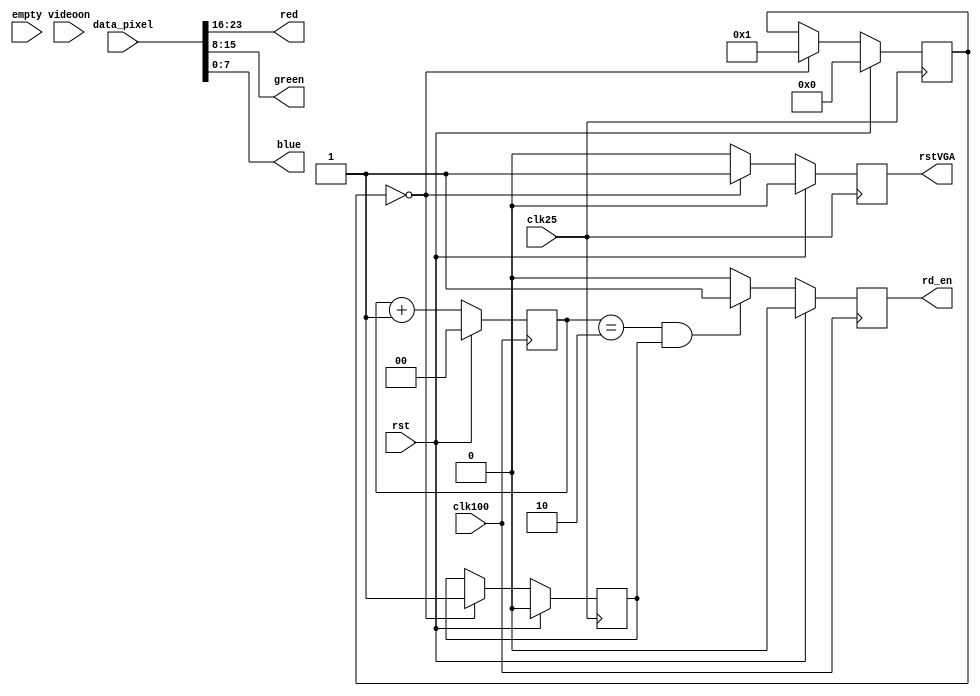
module FIFO_reader(clk100, clk25, rst, data_pixel, videoon, rd_en, empty, red, green, blue, rstVGA);

input clk100, clk25, rst, videoon, empty;
input [23:0] data_pixel;
output reg rd_en, rstVGA;
output [7:0] red, green, blue;

reg vga_started;

// Lgica de RD_EN
reg [1:0] counter0;
always @(posedge clk100)
begin
	if (rst)
	begin
		rd_en <= 0;
		counter0 <= 0;
	end
	else
	begin
		counter0 <= counter0 + 2'd1;
		if ((counter0 == 2) && vga_started)
		begin
			rd_en <= 1;
		end
		else
		begin
			rd_en <= 0;
		end
	end
end


// Lgica de rstVGA
reg [3:0] counter1;
always @(posedge clk25)
begin
	if (rst)
	begin
		counter1 <= 0;
		rstVGA <= 0;
		vga_started <= 0;
	end
	else
	begin
//		if ((counter1 <= 3)&&(empty == 0))
		if (counter1 == 0)
		begin
			counter1 <= 1;
			rstVGA <= 1;
			vga_started <= 1;
		end
		else
			rstVGA <= 0;
	end

end

// Conexo de I/O
assign red = data_pixel[23:16];
assign green = data_pixel[15:8];
assign blue = data_pixel[7:0];

endmodule